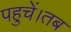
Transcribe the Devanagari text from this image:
पहुचें।तब